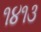
૧૪૧૩